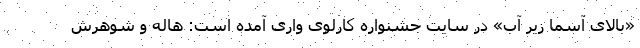
«بالای آسما زیر آب» در سایت جشنواره کارلوی واری آمده است: هاله و شوهرش